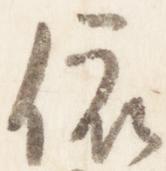
依